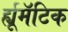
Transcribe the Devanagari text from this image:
र्ह्यूमॅटिक